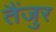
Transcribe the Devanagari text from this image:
तैंजुर